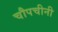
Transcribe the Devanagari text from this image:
चौपचीनी